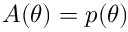
A ( \theta ) = p ( \theta )